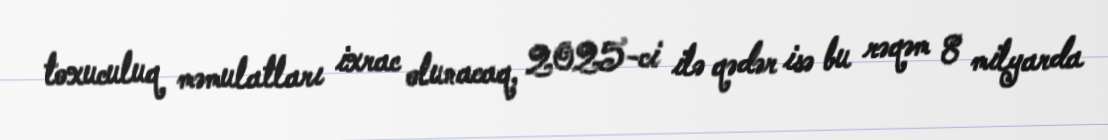
toxuculuq məmulatları ixrac olunacaq, 2025-ci ilə qədər isə bu rəqəm 8 milyarda